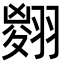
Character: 𦑨